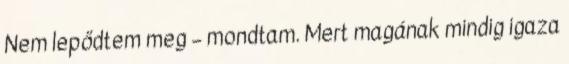
Nem lepődtem meg – mondtam. Mert magának mindig igaza